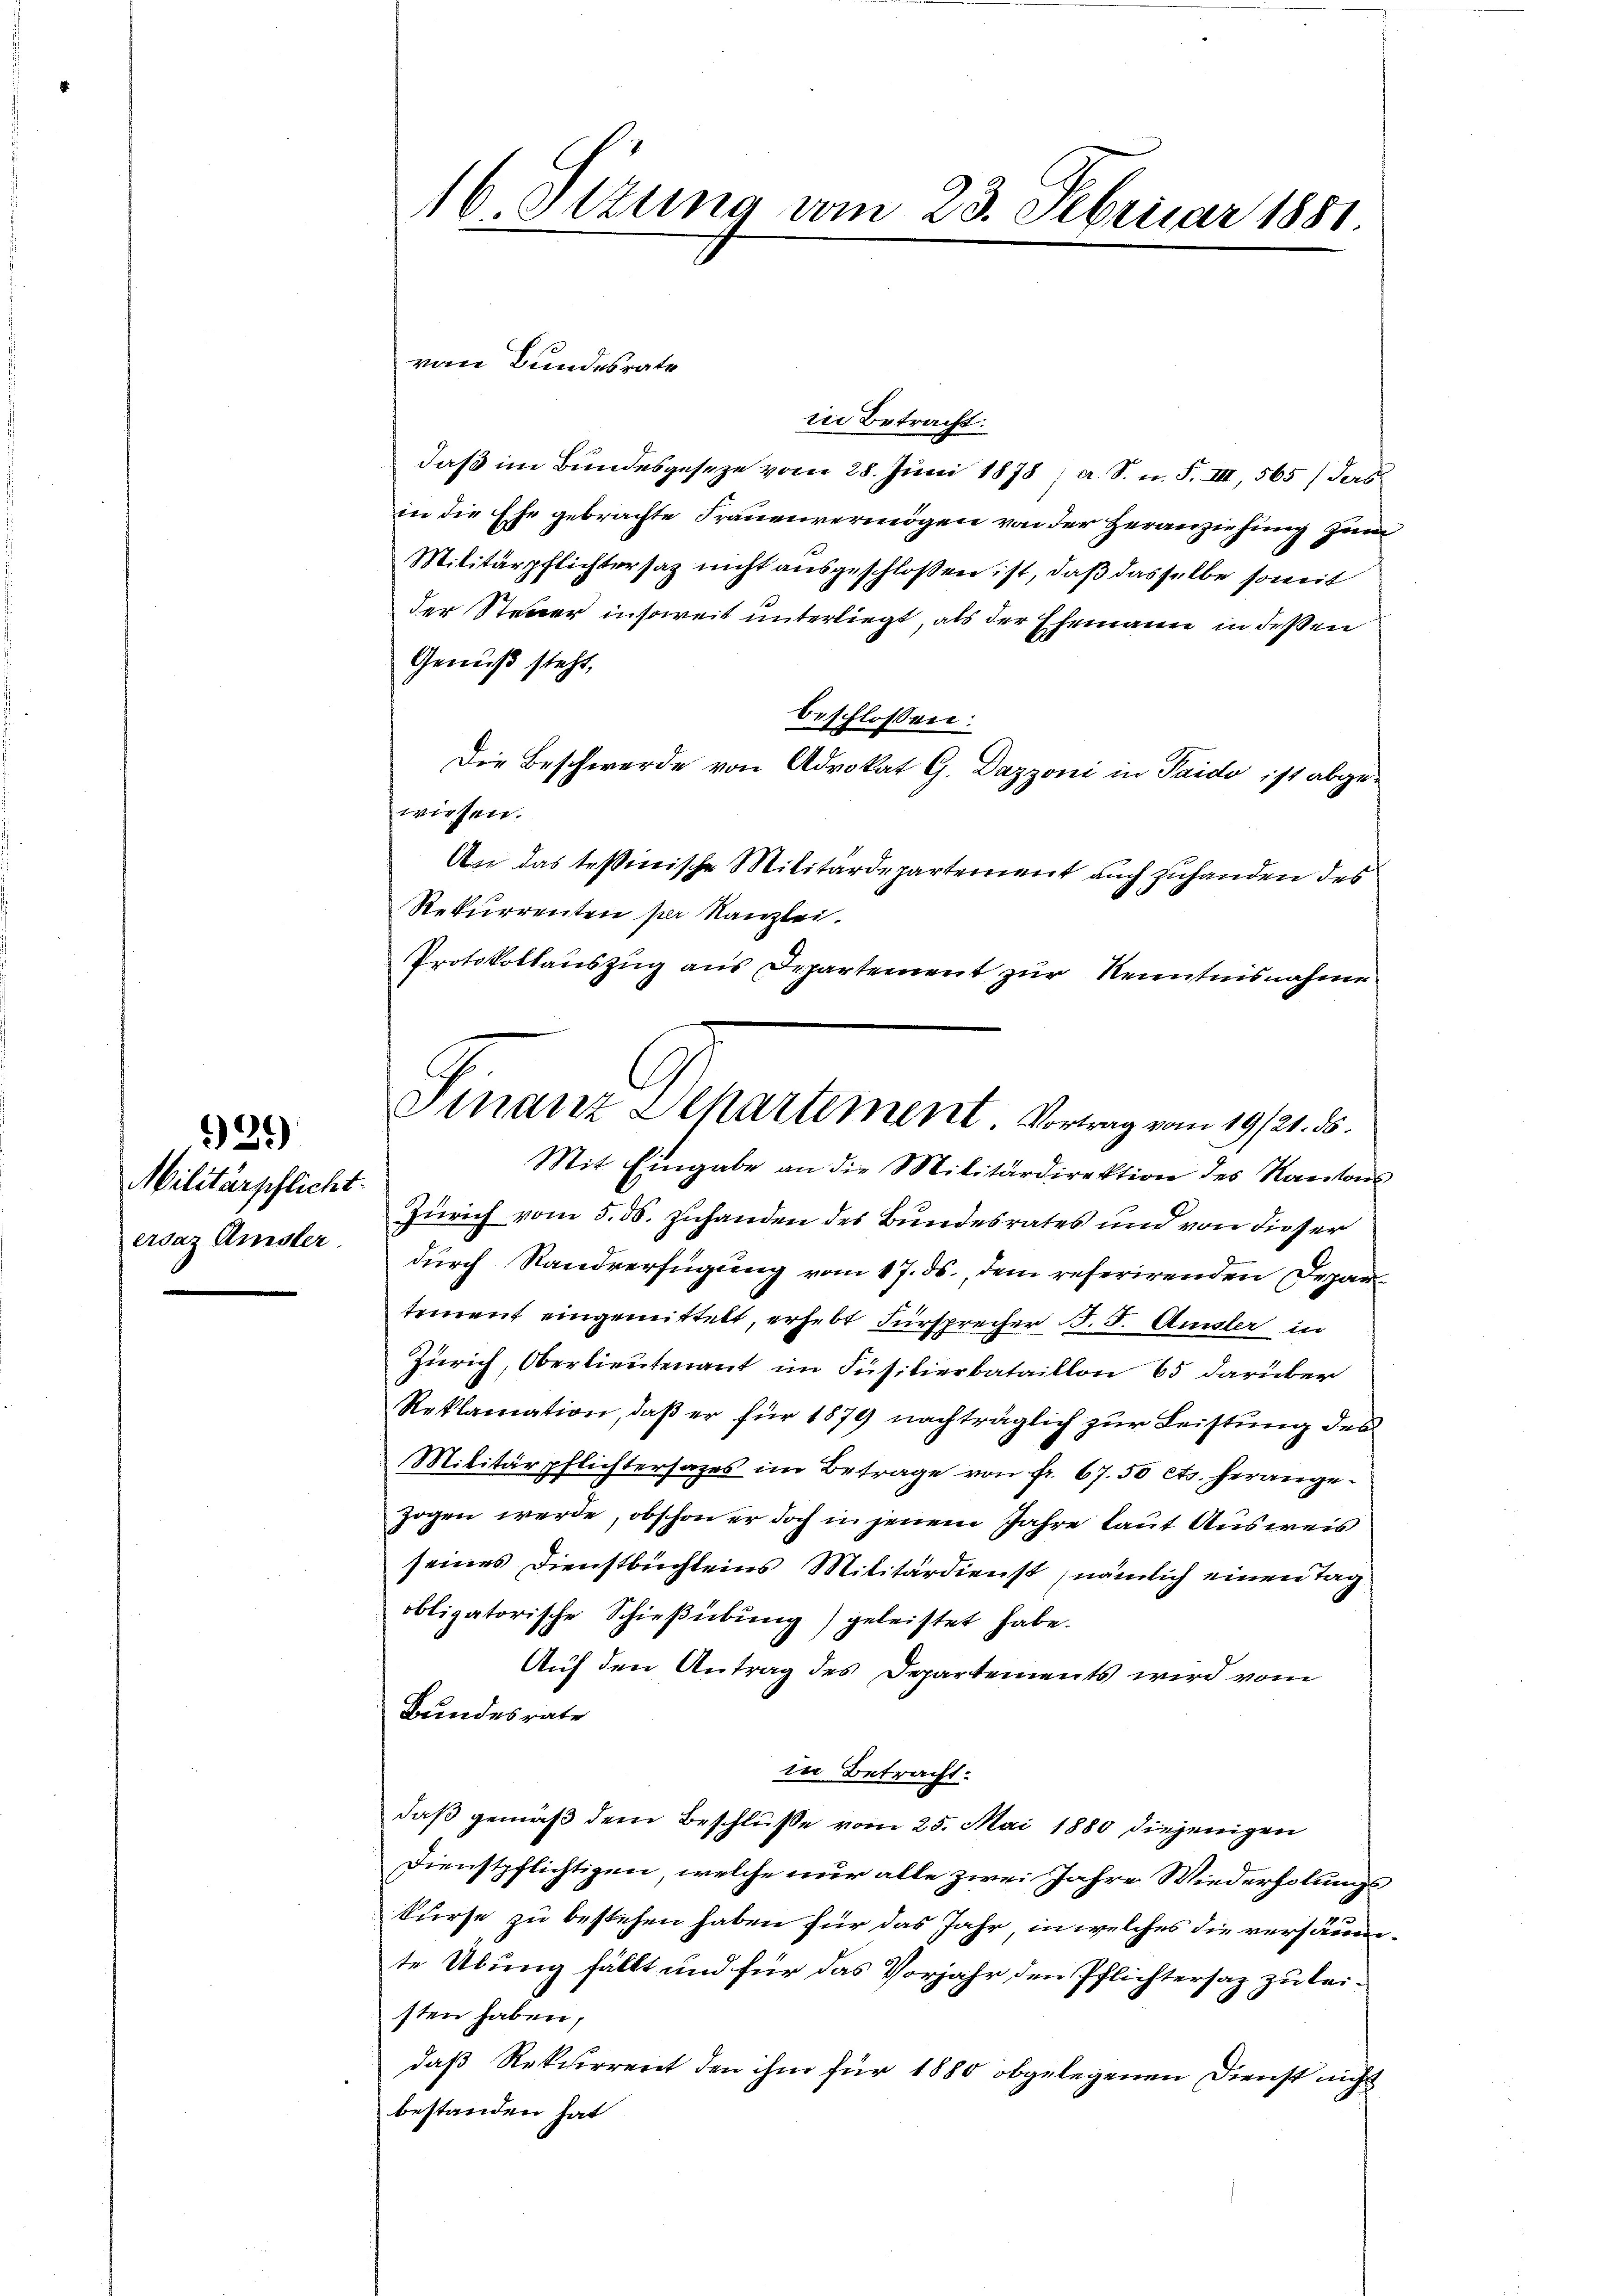
21)

Militärpflicht.
ervaz Amsler.

von Bundesrate
in Betracht:
daß im Bundesgeseze vom 28. Juni 1878; a. S. n. F. III, 565 / ders
in die Ehe gebrachte Frauenvermögen von der Heranziehung zum
Militärpflichtersaz nicht ausgeschlossen ist, daß dasselbe somit
der Steuer insoweit unterliegt, als der Ehemann in deßen
Genuß steht,
beschlossen:
Die Beschwerde von Advokat G. Dazzoni in Paido ist abgewiesen.
An das tessinische Militärdepartement auch zuhanden des
Rekurrenten per Kanzlei.
Protokollaŭszŭg aŭs Departement zŭr Kenntnisnahme
Mit Eingabe an die Militärdirektion des Kantons
Zürich vom 5. ds. zuhanden des Bundesrates und von dieser
durch Sandverfügung vom 17. ds., dem referirenden Departement eingemittelt, erhebt Fürsprecher B. 5. Amsler in
Zürich, Oberlieutenant im Füsilierbataillon 65 darüber
Reklamation, daß er für 1879 nachträglich zur Leistung des
Militärpflichtersages im Betrage von fr. 67. 50 cts. herangezogen werde, obschon er doch in jenem Jahre laut Ausweis
seines Dienstbüchleins Militärdienst nämlich einen Tag
obligatorische Schießübung) geleistet habe.
Auf den Antrag des Departements wird vom
Bundesrate
in Betracht.
daß gemäß dem Beschlüsse vom 25. Mai 1880 diejenigen
Dienstpflichtigen, welche nur alle zwei Jahre Wiederholungs
kurse zu bestehen haben für das Jahr in welches die versäumte Übung fällt und für das Vorjahr den Pflichtersaz zu leisten haben,
daß Rekurrent den ihm für 1880 obgelegenen Dienst nicht
bestanden hat

16 Sizung vom 23. Februar 1881.

Finanz Separtement. Vortrag vom 19/21. ds.